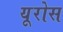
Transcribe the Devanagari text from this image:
यूरोस